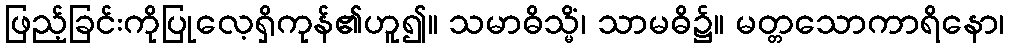
ဖြည့်ခြင်းကိုပြုလေ့ရှိကုန်၏ဟူ၍။ သမာဓိသ္မိံ၊ သာမဓိ၌။ မတ္တသောကာရိနော၊